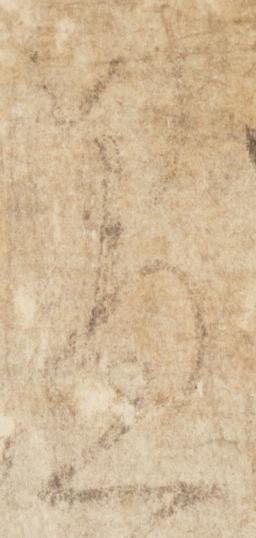
愚